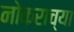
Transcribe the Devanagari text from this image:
नोकराच्या